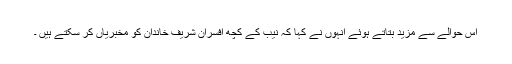
اس حوالے سے مزید بتاتے ہوئے انہوں نے کہا کہ نیب کے کچھ افسران شریف خاندان کو مخبریاں کر سکتے ہیں ۔